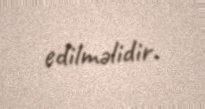
edilməlidir.